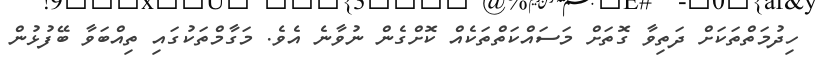
ހިދުމަތްތަކަށް ދަތިވާ ގޮތަށް މަސައްކަތްތަކެއް ކޮށްގެން ނުވާނެ އެވެ. މަގާމްތަކުގައި ތިއްބަވާ ބޭފުޅުން